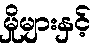
မှိုများနှင့်